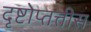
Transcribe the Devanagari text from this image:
दृष्टोप्तत्तीस